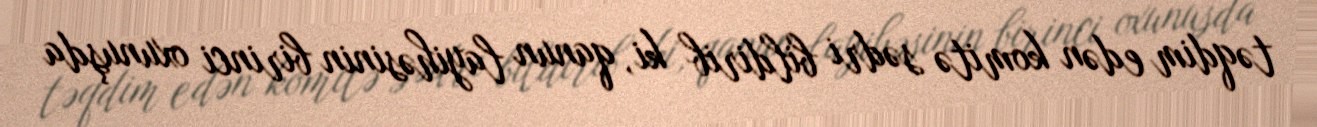
təqdim edən komitə sədri bildirib ki, qanun layihəsinin birinci oxunuşda